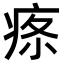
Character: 𤶔